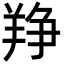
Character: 䍵